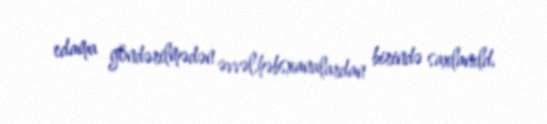
edama göndərilmədən əvvəl,həbsxanalardan birində saxlanıld.